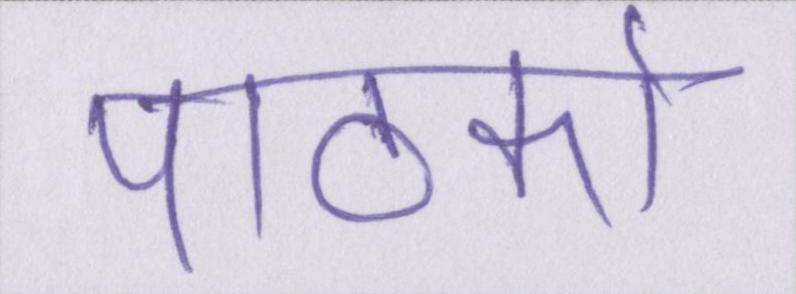
पाठकों